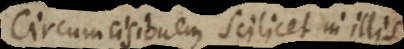
Circumcisionem scilicet in illis